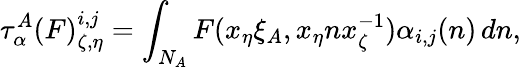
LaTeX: \tau_{\alpha}^{A}(F)_{\zeta,\eta}^{i,j}=\int_{N_{A}}F(x_{\eta}\xi_{A},x_{\eta}nx_{\zeta}^{-1})\alpha_{i,j}(n)\, dn,